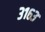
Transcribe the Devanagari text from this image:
३१६३